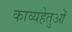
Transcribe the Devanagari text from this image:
काव्यहेतुओं